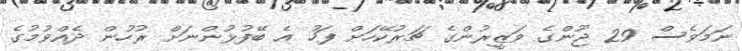
ނަމަވެސް 29 ޖޫންގެ ވަޒީރުންގެ ޗަރުކޭހަށް ފަހު އެ ބޭފުޅުންނަށް ރުހުން ދެއްވުމުގެ